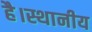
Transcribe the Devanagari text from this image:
है।स्थानीय